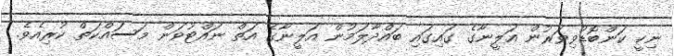
ނިކީ ކަންބޮޑުވިވަރުން އަލީނާގެ ގައިގައި ބައްދާލަމުން އަލީނާގެ އަތް ނައްޓުވަން މަސައްކަތް ކުރިއެވެ.